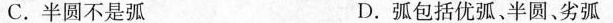
C.半圆不是弧 D.弧包括优弧、半圆、劣弧